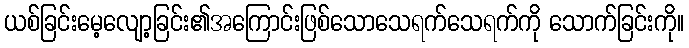
ယစ်ခြင်းမေ့လျော့ခြင်း၏အကြောင်းဖြစ်သောသေရက်သေရက်ကို သောက်ခြင်းကို။